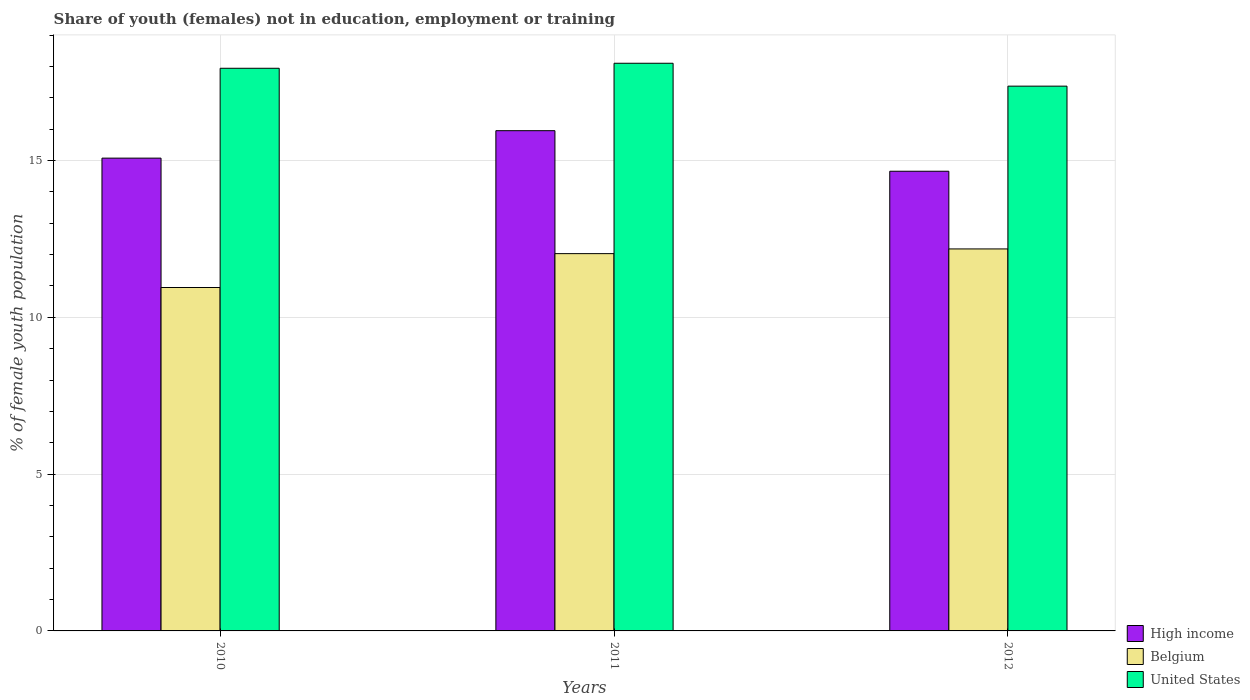
| Years | High income | Belgium | United States |
 | --- | --- | --- | --- |
 | 2010 | 15.1 | 10.9 | 17.9 |
 | 2011 | 16 | 12 | 18.1 |
 | 2012 | 14.7 | 12.2 | 17.4 |